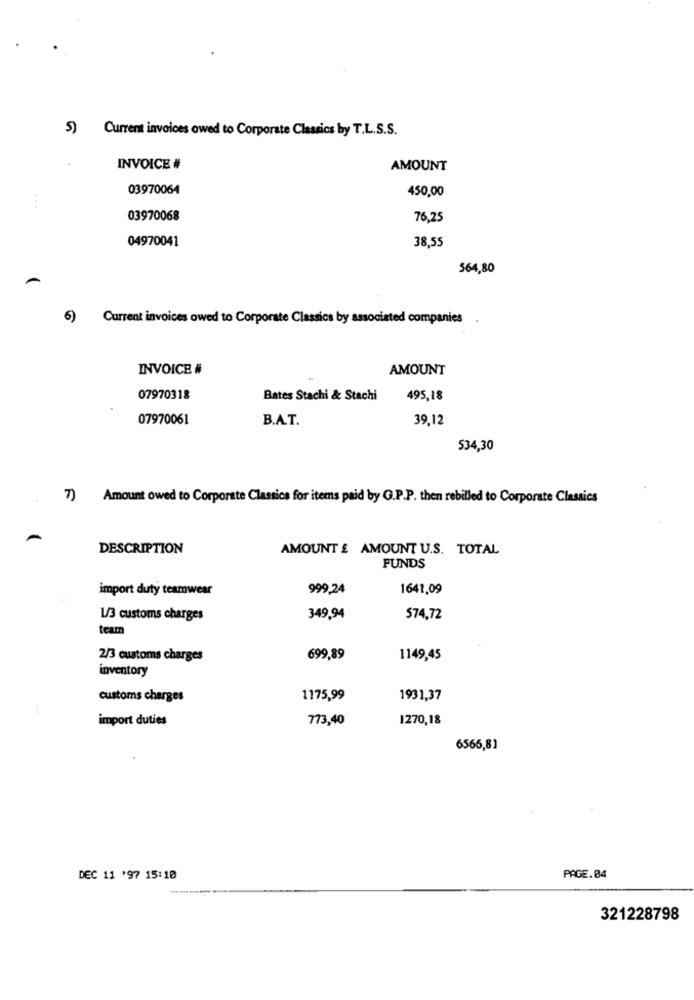
5)
Current invoices owed to Corporate Classics by T.L.S.S.
INVOICE #
AMOUNT
03970064
450,00
03970068
76,25
04970041
38,55
564,80
6)
Current invoices owed to Corporate Classics by associated companies .
INVOICE #
AMOUNT
07970318
Bates Stachi & Stachi
495,18
07970061
B.A.T.
39,12
534,30
7) Amount owed to Corporate Classics for items paid by G.P.P. then rebilled to Corporate Classics
DESCRIPTION
AMOUNT £ AMOUNT U.S. TOTAL
FUNDS
import duty teamwear
999,24
1641,09
1/3 customs charges
349,94
574,72
team
2/3 customs charges
699,89
1149,45
inventory
customs charges
1175,99
1931,37
import duties
773,40
1270,18
6566,81
DEC 11 '97 15:10
PAGE.04
321228798